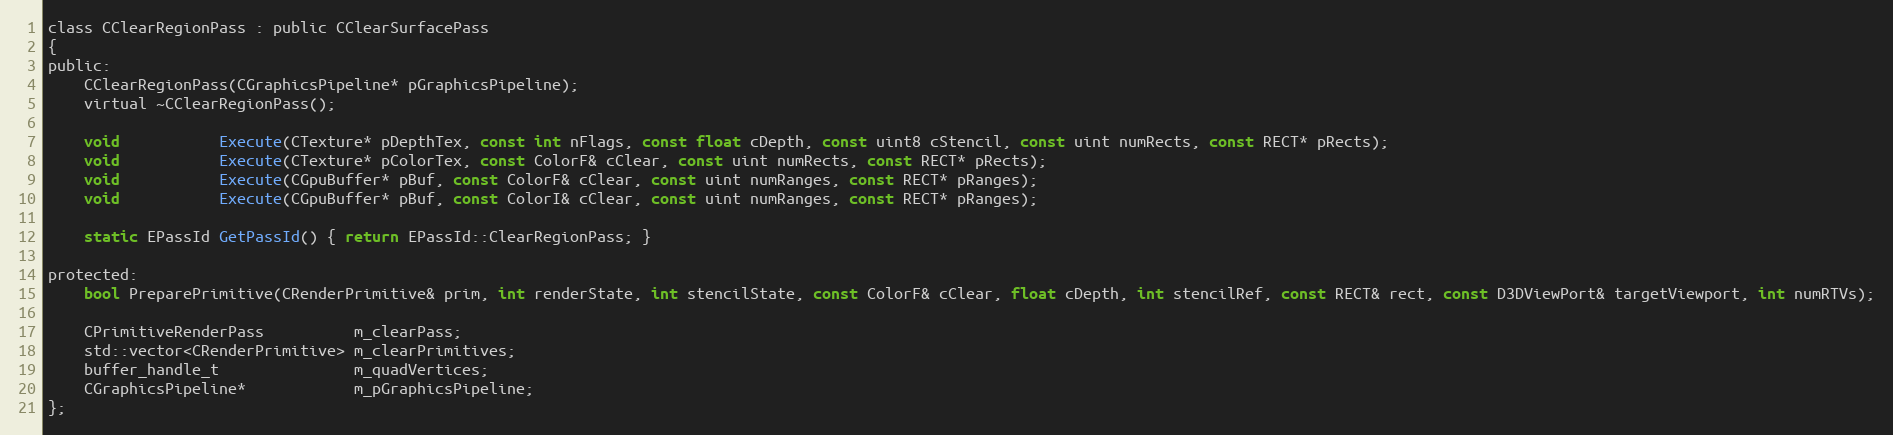
Language: C
class CClearRegionPass : public CClearSurfacePass
{
public:
	CClearRegionPass(CGraphicsPipeline* pGraphicsPipeline);
	virtual ~CClearRegionPass();

	void           Execute(CTexture* pDepthTex, const int nFlags, const float cDepth, const uint8 cStencil, const uint numRects, const RECT* pRects);
	void           Execute(CTexture* pColorTex, const ColorF& cClear, const uint numRects, const RECT* pRects);
	void           Execute(CGpuBuffer* pBuf, const ColorF& cClear, const uint numRanges, const RECT* pRanges);
	void           Execute(CGpuBuffer* pBuf, const ColorI& cClear, const uint numRanges, const RECT* pRanges);

	static EPassId GetPassId() { return EPassId::ClearRegionPass; }

protected:
	bool PreparePrimitive(CRenderPrimitive& prim, int renderState, int stencilState, const ColorF& cClear, float cDepth, int stencilRef, const RECT& rect, const D3DViewPort& targetViewport, int numRTVs);

	CPrimitiveRenderPass          m_clearPass;
	std::vector<CRenderPrimitive> m_clearPrimitives;
	buffer_handle_t               m_quadVertices;
	CGraphicsPipeline*            m_pGraphicsPipeline;
};